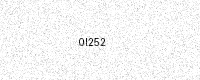
Text: 0I252